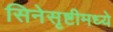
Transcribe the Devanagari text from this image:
सिनेसृष्टीमध्ये